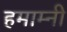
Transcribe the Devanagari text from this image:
हमाम्नी